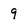
Character: 9